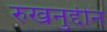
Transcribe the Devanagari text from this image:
रुखनुद्दीन